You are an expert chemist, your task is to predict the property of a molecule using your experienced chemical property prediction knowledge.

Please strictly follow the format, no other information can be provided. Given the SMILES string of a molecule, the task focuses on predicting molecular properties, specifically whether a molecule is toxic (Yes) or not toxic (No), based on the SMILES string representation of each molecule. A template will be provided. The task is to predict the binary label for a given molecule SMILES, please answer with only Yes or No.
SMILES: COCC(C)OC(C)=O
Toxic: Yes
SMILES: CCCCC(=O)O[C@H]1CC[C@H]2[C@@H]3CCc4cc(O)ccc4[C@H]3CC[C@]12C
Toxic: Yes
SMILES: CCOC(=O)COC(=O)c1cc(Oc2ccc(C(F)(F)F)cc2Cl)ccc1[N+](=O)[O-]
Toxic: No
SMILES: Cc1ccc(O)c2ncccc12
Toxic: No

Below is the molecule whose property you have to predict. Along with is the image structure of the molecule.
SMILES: CNC(=O)Oc1cccc2ccccc12
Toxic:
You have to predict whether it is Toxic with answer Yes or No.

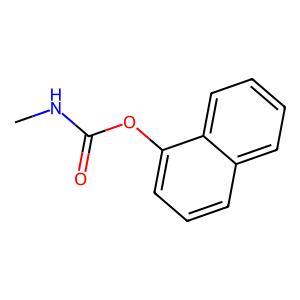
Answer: No